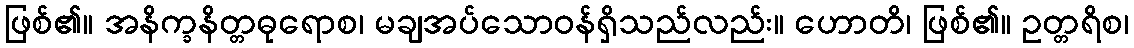
ဖြစ်၏။ အနိက္ခနိတ္တဓုရောစ၊ မချအပ်သောဝန်ရှိသည်လည်း။ ဟောတိ၊ ဖြစ်၏။ ဥတ္တရိစ၊